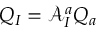
Q _ { I } = \mathcal { A } _ { I } ^ { a } Q _ { a }